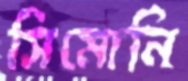
সিমোনি